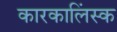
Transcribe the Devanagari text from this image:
कारकालिंस्क